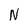
Character: N